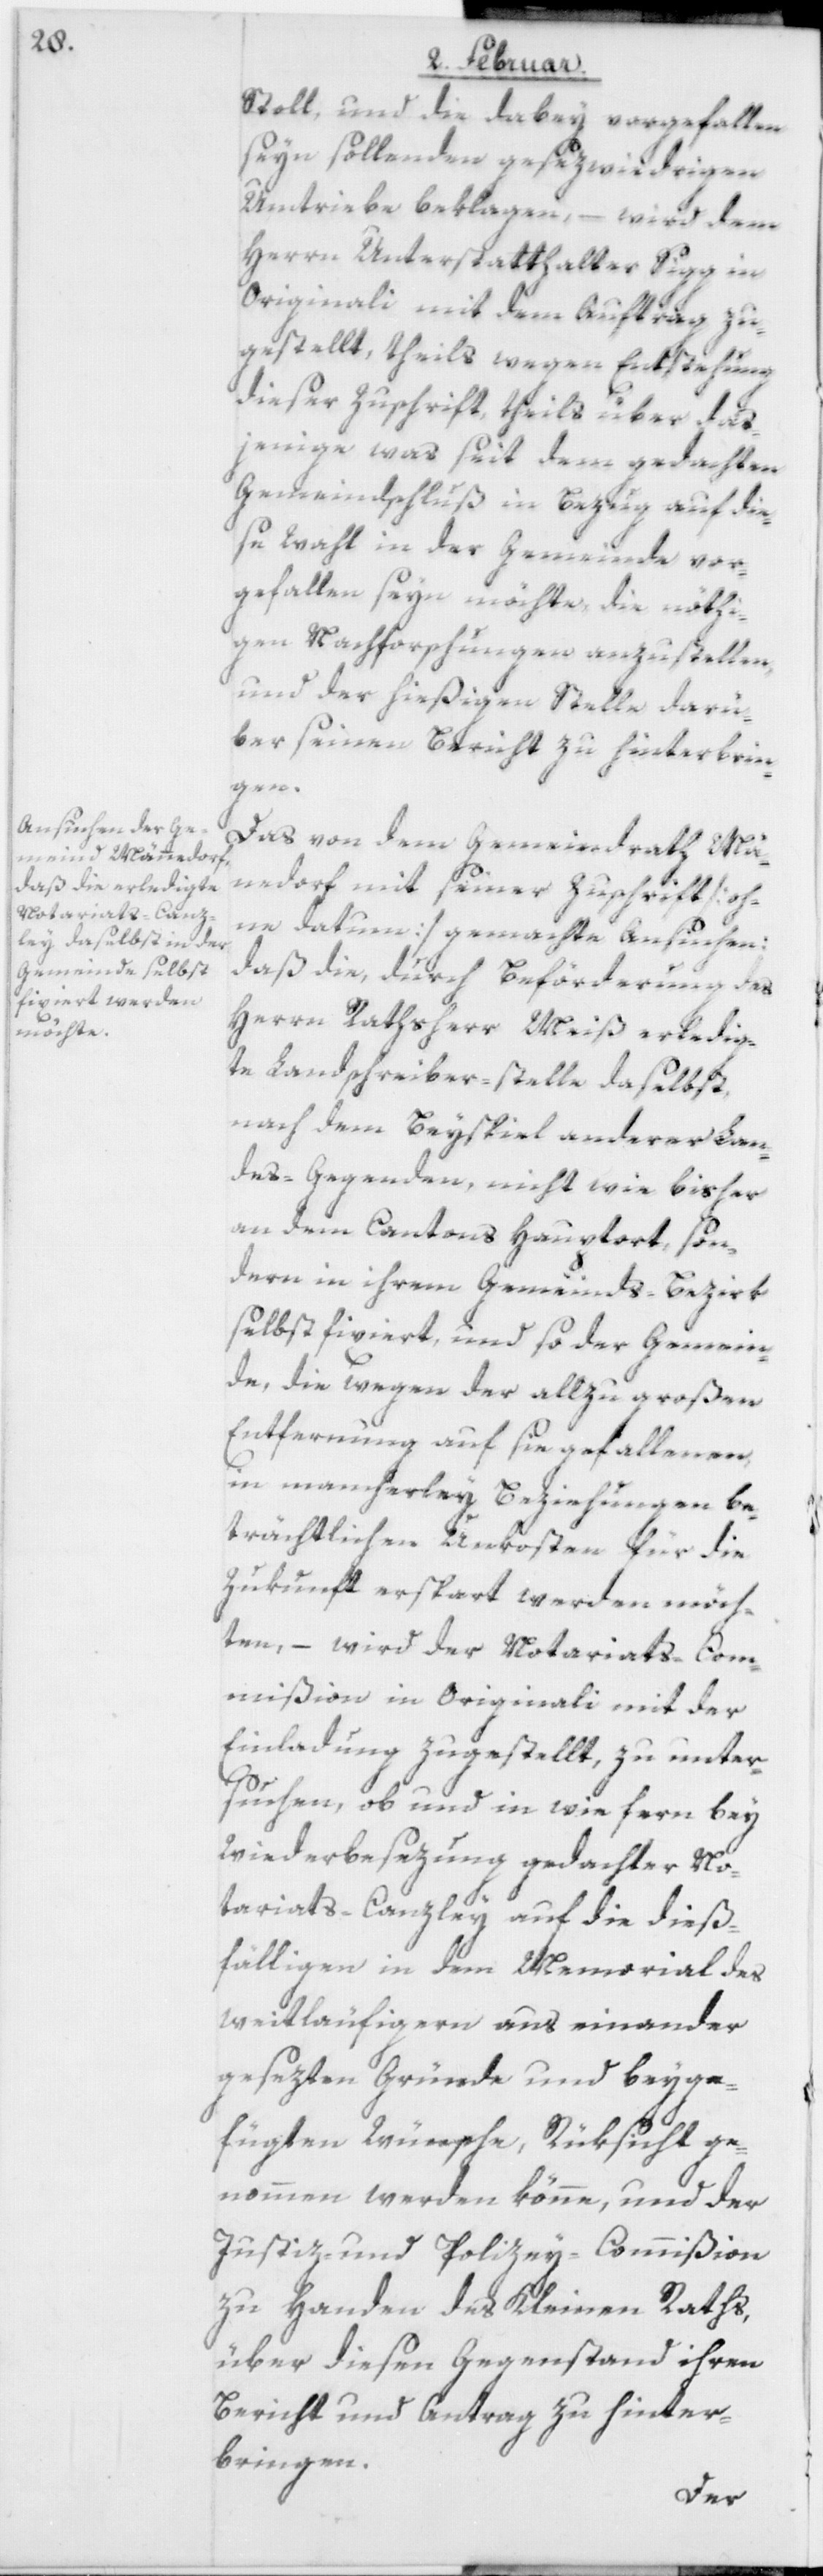
Stoll, und die dabey vorgefallen
seyn sollenden gese[t]zwidrigen
Umtriebe beklagen, – wird dem
Herrn Unterstatthalter Sigg in
Originali mit dem Auftrag zu¬
gestellt, theils wegen Entstehung
dieser Zuschrift, theils über das¬
jenige was seit dem gedachten
Gemeindschluß in Bezug auf die¬
se Wahl in der Gemeinde vor¬
gefallen seyn möchte, die nöthi¬
gen Nachforschungen anzustellen,
und der hießigen Stelle darü¬
ber seinen Bericht zu hinterbrin¬
gen.
Das von dem Gemeindrath Mä¬
nnedorf mit seiner Zuschrift [oh¬
ne Datum] gemachte Ansuchen:
daß die, durch Beförderung des
Herrn Rathsherr Meiß erledig¬
te Landschreiber-stelle daselbst,
nach dem Beyspiel anderer Lan¬
des-Gegenden, nicht wie bisher
an dem Cantons[-]Hauptort, son¬
dern in ihrem Gemeinds-Bezirk
selbst fixiert, und so der Gemein¬
de, die wegen der allzu großen
Entfernung auf sie gefallenen,
in mancherley Beziehungen be¬
trächtlichen Unkosten für die
Zukunft erspart werden möch¬
ten, – wird der Notariats-Com¬
mißion in Originali mit der
Einladung zugestellt, zu unter¬
suchen, ob und in wie fern bey
Wiederbesetzung gedachter No¬
tariats-Canzley auf die dieß¬
fälligen in dem Memorial des
weitläufigern aus einander
gesezten Gründe und beyge¬
fügten Wünsche, Rüksicht ge¬
nommen werden könne, und der
Justiz- und Polizey-Commißion
zu Handen des Kleinen Raths,
über diesen Gegenstand ihren
Bericht und Antrag zu hinter¬
bringen.